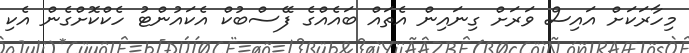
މިހާރަކަށް އައިސް ވަރަށް ގިނައިން އެތައް ބައެއްގެ ފޭސްބުކް އެކައުންޓު ހެކްކޮށްގެން އެކި